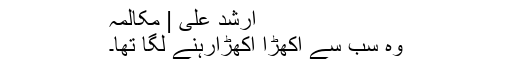
ارشد علی | مکالمہ
وہ سب سے اکھڑا اکھڑارہنے لگا تھا۔